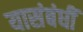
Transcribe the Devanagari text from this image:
यासंबंधीं